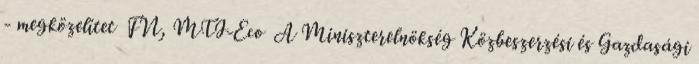
- megközelítet FN, MTI-Eco A Miniszterelnökség Közbeszerzési és Gazdasági